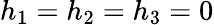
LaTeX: h_{1}=h_{2}=h_{3}=0